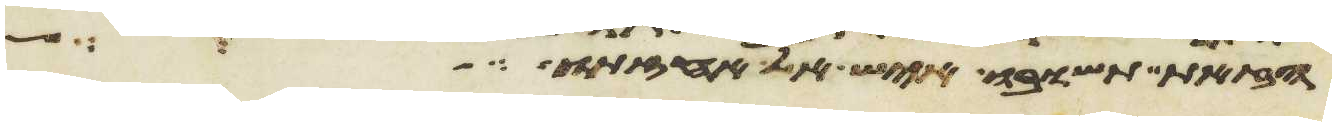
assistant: הזאת תשובו איש אל אחזתו